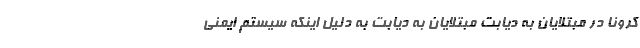
کرونا در مبتلایان به دیابت مبتلایان به دیابت به دلیل اینکه سیستم ایمنی